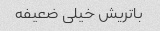
باتریش خیلی ضعیفه